Report on vaccination in the Province of Bengal - 1874-1889
Year: 1874
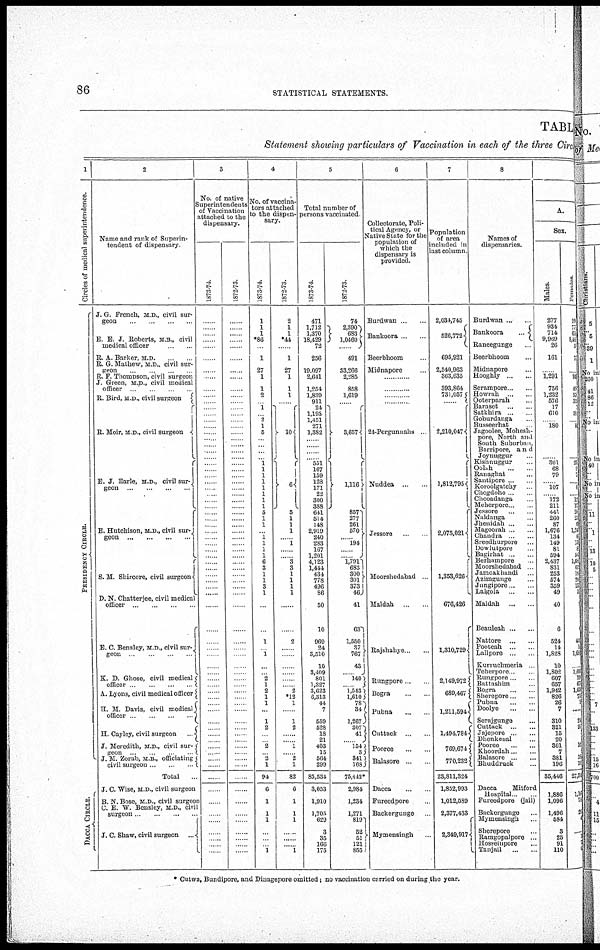
86
STATISTICAL STATEMENTS.
TABLE
Statement showing particulars of Vaccination in each of the three Circle
1
Circles of medical superintendence.
P RE S IDE NCY CI RCLE.
DACCA CIRCLE.
2
Name and rank of Superin-
tendent of dispensary.
J. G French, M.D., civil sur-
geon
...
...
...
...
E. E. J. Roberts, M.B., civil
medical officer ... ...
R A Barker, M.D.
R G Mathew, M.D , civil sur-
geon
R. F. Thompson, civil surgeon
J. Green, M.D., civil medical
officer
R. Bird, M.D., civil surgeon
R. Moir, M.D., civil surgeon
E. J. Earle, M.D., civil sur-
geon
...
...
...
...
E. Hutchison, M.D., civil sur-
geon
...
...
...
...
S. M. Shircore, civil surgeon
D. N. Chatterjee, civil medical
officer
...
...
...
...
E. C. Bensley, M.D., civil sur-
geon
...
...
...
...
K. D. Ghose, civil medical
officer
...
...
...
A. Lyons, civil medical officer
H. M. Davis, civil medical
officer
...
...
...
H. Cayley, civil surgeon ...
J. Meredith, M.D., civil sur-
geon
...
...
J. M. Zorab, M.B , officiating
civil surgeon
Total
...
J. C. Wise, M.D., civil surgeon
B. N. Bose, M.D., civil surgeon
C. E. W. Bensley, M.D., civil
surgeon
...
...
J. C. Shaw, civil surgeon ...
3
No. of native
Superintendents
of Vaccination
attached to the
dispensary.
1873-74
......
......
......
......
......
......
......
......
......
......
...... ......
......
......
......
......
......
......
......
......
......
......
......
......
......
......
......
......
......
......
......
......
......
......
......
......
......
......
......
......
......
......
......
......
......
......
......
......
......
......
......
......
......
......
......
......
......
......
......
......
......
......
......
......
......
......
......
......
......
......
......
1872-73.
......
......
...... ......
......
......
......
......
......
......
...... ......
......
......
......
......
......
......
......
......
......
......
......
......
......
......
......
......
......
......
......
......
......
......
......
......
......
......
......
......
......
......
......
......
......
......
......
......
......
......
......
......
......
......
......
......
......
......
......
......
......
......
......
......
......
......
......
......
......
......
......
4
No. of vaccina-
tors attached
to the dispen-
sary.
1873-74.
1
1
1
*86
...
1
27
1
1
2
......
1
...... 2
1
5
......
......
......
1
1
1
1
1
1
1
1
5
1
1
......
1
1
1
1
6
3
1
1
3
1
......
......
1
......
1
......
......
2
1
2
1
1
......
1
2
......
......
2
......
2
1
94
6
1
1
1
......
......
......
1
1872-73.
2
1
1
*44
......
1
27
1
1
1
......
10
6
5
1
1
1
...
1
...
...
3
3
1
1
1
1
......
......
2
......
......
......
......
......
......
2
*12
1
......
1
2
......
......
1
......
2
1
82
6
1
1
1
......
......
......
1
5
Total number of
persons vaccinated
1873-74.
471
1,712
1,370
18,429
72
256
19,097
2,641
1,254
1,839
911
24
1,193
1,451
271
1,382
......
......
......
551
167
159
128
171
22
300
388
641
514
148
2,919
240
283
167
1,201
4,123
1,444
434
778
496
86
50
10
969
24
3,510
10
3,409
801
1,327
3,623
6,313
44
7
559
528
18
21
403
15
564
299
85,534
3,053
1,910
1,705
629
3
35
166
175
1872-73.
74
2,390
683
1,0460
......
491
33,266
2,285
858
1,619
......
3,657
1,116
857
277
261
570
...
194
...
...
1,791
683
300
301
373
46
41
63
1,550
37
767
43
...
140
......
1,543
1,610
78
34
1,267
307
41
......
154
3
341
168
75,442*
2,984
1,234
1,271
819
52
51
121
855
6
Collectorate, Poli-
tical Agency, or
Native State for the
population of
which the
dispensary is
provided.
Burdwan ... ...
Bankoora ... ...
Beerbhoom
Midnapore
......
......
......
......
24-Pergunnahs
Nuddea
...
Jessore ...
Moorshedabad
Maldah ... ...
Rajshahye ... ...
Rungpore ...
Bogra ... ...
Pubna ... ...
Cuttack
... ...
Pooree ... ...
Balasore ...
Dacca ...
Fureedpore ...
Backergunge ...
Mymensingh ...
7
Population
of area
included in
last column
2,034,745
526,772
695,921
2,540,963
363,635
393,864
731,057
......
2,210,047
1,812,795
2,075,021
1,353,626
676,426
1,310,729
2,149,972
689,467
1,211,594
1,494,784
769,674
770,232
23,811,324
1,852,993
1,012,589
2,377,433
2,349,917
8
Names of
dispensaries.
Burdwan ... ...
Bankoora
...
Raneegunge ...
Beerbhoom ...
Midnapore ...
Hooghly
...
...
Serampore...
Howrah ...
Ooterparah ...
Baraset ... ...
Satkhira ...
Goburdanga ...
Busseerhat ...
Jagoolee, Mohesh-
pore, North and
South Suburban,
Barripore, and
Joynuggur ...
Kishnuggur ...
Oolah. ...
Ranaghat ...
Santipore ...
Koroolgatchy
Chogdoho
Chooadanga ...
Meherpore ... ...
Jessore ...
Naldanga ...
Jhenidah ... ...
Magoorah ... ...
Chandra ... ...
Sreedhurpore ...
Dowlutpore
Bagirhat ...
Berhampore ...
Moorshedabad
Jamoakhandi ...
Azimgunge ...
Jungipore .. ...
Lalgola ... ...
Maldah
...
Beauleah .. ...
Nattore
...
...
Pooteah ... ...
Lallpore ... ...
Kurruchmeria ...
Teherpore ...
Rungpore .. ....
Battashim ... ...
Bogra ... ...
Sherepore... ...
Pubna ... ...
Doolye ... ...
Serajgunge ...
Cuttack
...
...
Jojepore
...
...
Dhenkenal ...
Pooree
...
Khoordah ... ...
Balasore
...
...
Bhuddruck ...
Dacca
Mitford
Hospital
Fureedpore (jail)
Backergunge ...
Mymensingh ...
Shorepore ...
Ramgopalpore ...
Hossempore ...
Tanjail
....
A.
Sex.
Males.
277
934
714
9,969
26
161
1,291
756
1,232
576
17
610
...
180
...
301
68
79
...
107
...
172
211
441
260
87
1,676
134
149
81
594
2,437
831
253
574
359
49
40
6
524
14
1,828
10
1,802
607
657
1,942
826
26
7
310
321
15
20
301
7
381
196
35,446
1,886
1,096
1,496
584
3
25
91
110
Females.
19
779
607
8,466
30
74
943
498
576
333
2 58
...
8
...
23 5
5
...
0
...
12 17
206 23
60
1,243
61
132
81
54
1,650
61
18
20
132
33
440
1
1,68
...
1,605
19 670
1,63
732 1
......
22
26
1
1 16
...
18
10
27,34
1,16
78
20
4
......
1
7 6
* Cutwa, Bundipore, and Dinagepore omitted, no vaccination carried on during the year.